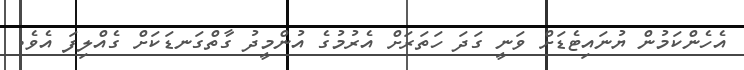
އެހެންކަމުން ޔުނައިޓެޑަށް ވަނީ ގަދަ ހަތަރަށް އެރުމުގެ އުންމީދު ގާތްގަނޑަކަށް ގެއްލިފަ އެވެ.